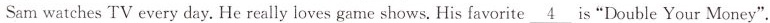
Sam watches TV every day. He really loves game shows. His favorite \underline{4} is "Double Your Money".